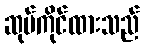
ဆုပ်ကိုင်ထားသည်